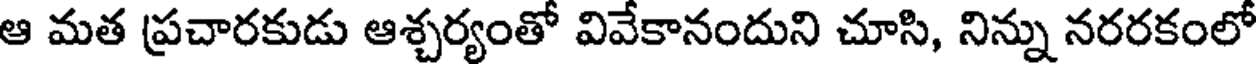
ఆ మత ప్రచారకుడు ఆశ్చర్యంతో వివేకానందుని చూసి, నిన్ను నరరకంలో